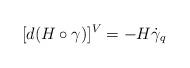
LaTeX: \begin{align*}[d(H\circ \gamma)]^{V}=-H\dot{\gamma}_q\end{align*}